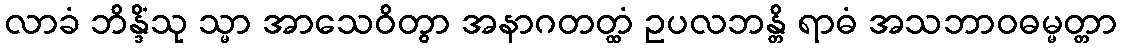
လာခံ ဘိန္ဒိံသု သ္မာ အာသေဝိတွာ အနာဂတတ္ထံ ဥပလဘန္တိ ရာဓံ အသဘာဝဓမ္မတ္တာ